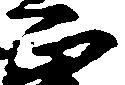
正